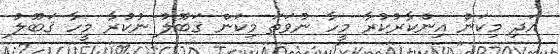
އަދި މިކަން އިންކާރުކުރާ މީހާ ނުވަތަ މިކަން ޤަބޫލު ނުކުރާ މީހާ ޤަބޫލު